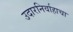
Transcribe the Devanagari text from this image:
उदारनिर्वाहाचा